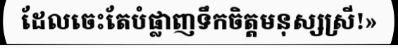
ដែលចេះតែបំផ្លាញទឹកចិត្តមនុស្សស្រី!»